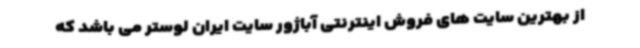
از بهترین سایت های فروش اینترنتی آباژور سایت ایران لوستر می باشد که